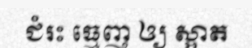
ជំរះ ធ្មេញ ឲ្យ ស្អាត